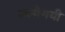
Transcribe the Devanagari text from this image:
चलीगयी